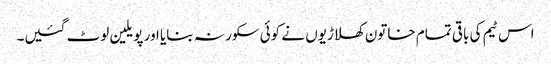
اس ٹیم کی باقی تمام خاتون کھلاڑیوں نے کوئی سکور نہ بنایا اور پویلین لوٹ گئیں۔